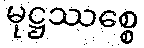
မုဋ္ဌဿစ္စေ